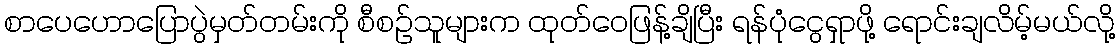
စာပေဟောပြောပွဲမှတ်တမ်းကို စီစဉ်သူများက ထုတ်ဝေဖြန့်ချိပြီး ရန်ပုံငွေရှာဖို့ ရောင်းချလိမ့်မယ်လို့